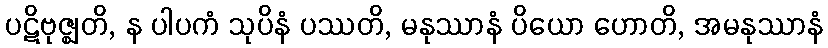
ပဋိဗုဇ္ဈတိ, န ပါပကံ သုပိနံ ပဿတိ, မနုဿာနံ ပိယော ဟောတိ, အမနုဿာနံ